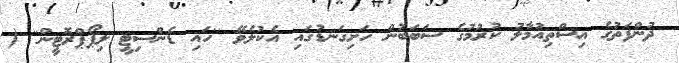
ދުންފަތުގެ އިސްތިއުމާލު ކުރުމުގެ ސަބަބުން ހަށިގަނޑުގައި އެކުލެވޭ ''ހައި ޑެންސިޓީ ލިޕޯޕްރޮޓީން'' (